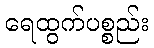
ရေထွက်ပစ္စည်း